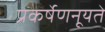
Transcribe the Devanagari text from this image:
प्रकर्षेणनूयते